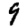
Digit: 9